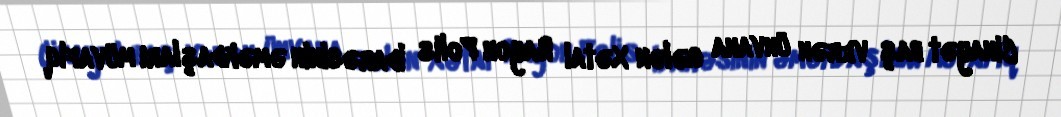
Cinayət baş verən ünvana gələn Xətai Rayon Polis İdarəsinin əməkdaşları müvafiq